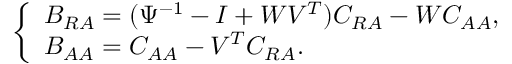
\begin{array} { r } { \left\{ \begin{array} { l l } { B _ { R A } = ( \Psi ^ { - 1 } - I + W V ^ { T } ) C _ { R A } - W C _ { A A } , } \\ { B _ { A A } = C _ { A A } - V ^ { T } C _ { R A } . } \end{array} \right. } \end{array}